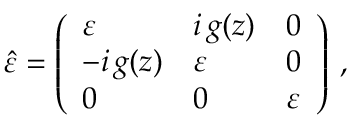
\hat { \varepsilon } = \left( \begin{array} { l l l } { \varepsilon } & { i \, g ( z ) } & { 0 } \\ { - i \, g ( z ) } & { \varepsilon } & { 0 } \\ { 0 } & { 0 } & { \varepsilon } \end{array} \right) \: ,